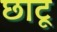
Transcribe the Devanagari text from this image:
छाटू